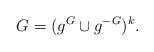
LaTeX: \begin{align*}G = (g^G \cup g^{-G})^k. \end{align*}